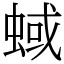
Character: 蜮